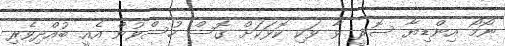
ނޯމޯ އިންޑިޔާ ސޮރީ ވާ ވަކި ކޮޅަކަށް ގޮސް ހުސްވުން އެއީ ބުއްދިވެރި